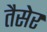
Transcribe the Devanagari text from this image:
तैसेर